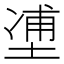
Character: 𰊉